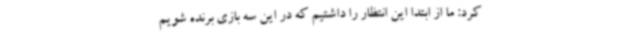
کرد: ما از ابتدا این انتظار را داشتیم که در این سه بازی برنده شویم